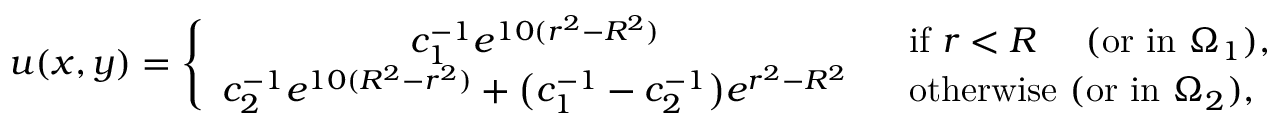
u ( x , y ) = \left\{ \begin{array} { c l } { c _ { 1 } ^ { - 1 } e ^ { 1 0 ( r ^ { 2 } - R ^ { 2 } ) } \ \ } & { \mathrm { i f } \ r < R \ \ \ \ ( \mathrm { o r ~ i n } \ \Omega _ { 1 } ) , } \\ { c _ { 2 } ^ { - 1 } e ^ { 1 0 ( R ^ { 2 } - r ^ { 2 } ) } + \big ( c _ { 1 } ^ { - 1 } - c _ { 2 } ^ { - 1 } \big ) e ^ { r ^ { 2 } - R ^ { 2 } } \ \ } & { \mathrm { o t h e r w i s e } \ ( \mathrm { o r ~ i n } \ \Omega _ { 2 } ) , } \end{array} \right.